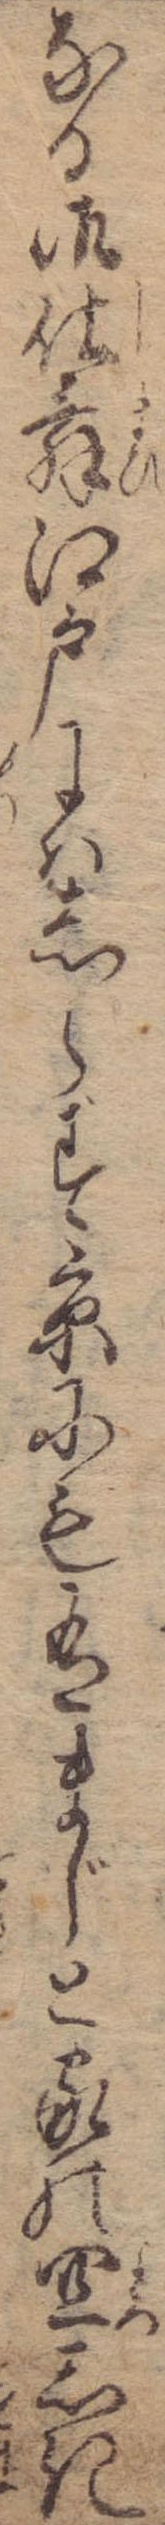
なる御仕舞江戸にはしらず京にも有まじと家の宜しき